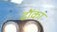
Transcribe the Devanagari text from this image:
ढोंका